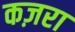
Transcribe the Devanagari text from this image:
कज़रा